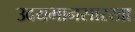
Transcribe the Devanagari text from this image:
उदयभानसारखा